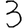
Digit: 3